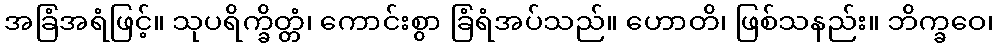
အခြံအရံဖြင့်။ သုပရိက္ခိတ္တံ၊ ကောင်းစွာ ခြံရံအပ်သည်။ ဟောတိ၊ ဖြစ်သနည်း။ ဘိက္ခဝေ၊